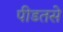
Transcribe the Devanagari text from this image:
पीडतसे